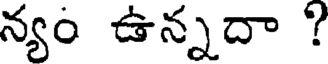
న్యం ఉన్నదా ?